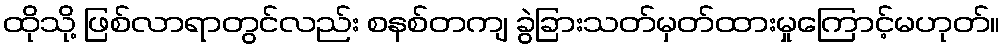
ထိုသို့ ဖြစ်လာရာတွင်လည်း စနစ်တကျ ခွဲခြားသတ်မှတ်ထားမှုကြောင့်မဟုတ်။